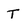
Character: T